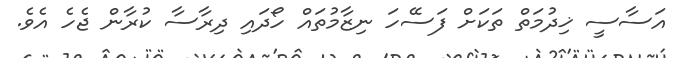
އަސާސީ ޚިދުމަތް ތަކަށް ފަސޭހަ ނިޒާމުތައް ހޯދައި ދިރާސާ ކުރާން ޖެހެ އެވެ.